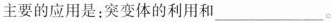
主要的应用是：突变体的利用和___。